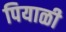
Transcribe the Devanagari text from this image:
पियाळी